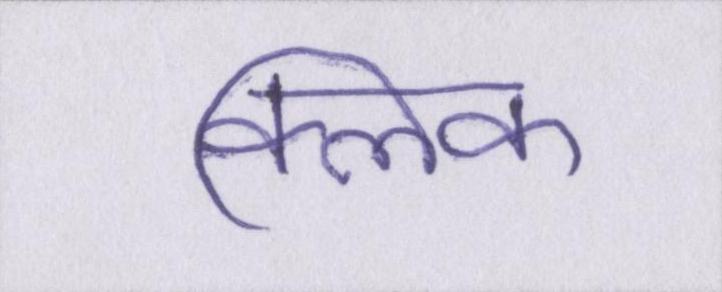
क्लिक